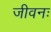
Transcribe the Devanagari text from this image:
जीवनः